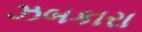
ઝબકારા